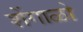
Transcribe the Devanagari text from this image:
शेंगाळो